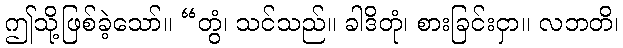
ဤသို့ဖြစ်ခဲ့သော်။ “တွံ၊ သင်သည်။ ခါဒိတုံ၊ စားခြင်းငှာ။ လဘတိ၊